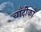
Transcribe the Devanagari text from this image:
चाँदीको